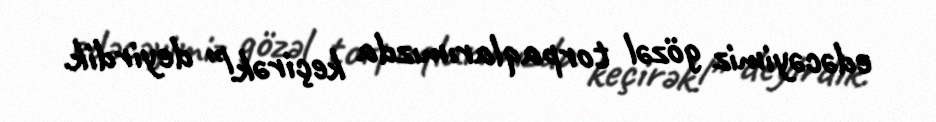
edəcəyimiz gözəl torpaqlarımızda keçirək!” deyirdik.